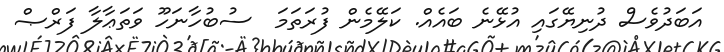
އަބަދުވެސް ދުނިޔޭގައި އުޅޭނެ ބައެއް. ކަލޭމެން ފުރަތަމަ  ސުބުހާނަހޫ ވަތަޢާލާ ފަރްޞް